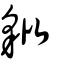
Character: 豼